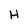
Character: H